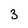
Character: 3